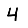
Digit: 4